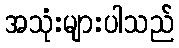
အသုံးများပါသည်